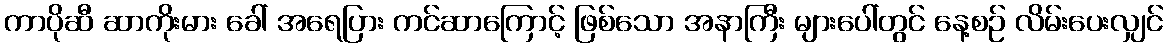
ကာပိုဆီ ဆာကိုးမား ခေါ် အရေပြား ကင်ဆာကြောင့် ဖြစ်သော အနာကြီး များပေါ်တွင် နေ့စဉ် လိမ်းပေးလျှင်